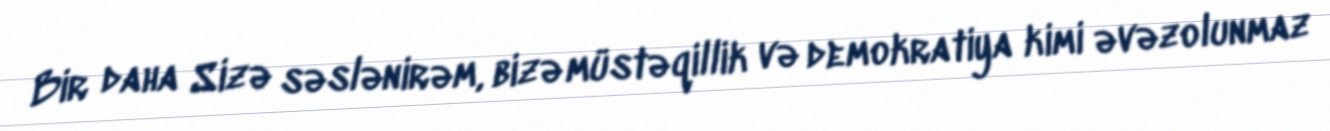
Bir daha Sizə səslənirəm, bizə müstəqillik və demokratiya kimi əvəzolunmaz